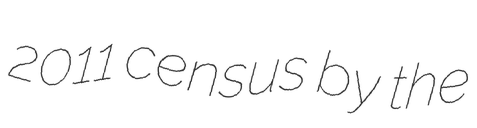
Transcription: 2011 census by the